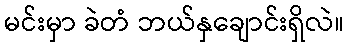
မင်းမှာ ခဲတံ ဘယ်နှချောင်းရှိလဲ။